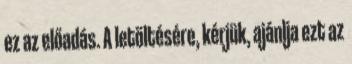
ez az előadás. A letöltésére, kérjük, ajánlja ezt az